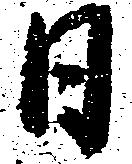
月